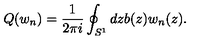
Q ( w _ { n } ) = \frac { 1 } { 2 \pi i } \oint _ { S ^ { 1 } } d z b ( z ) w _ { n } ( z ) .